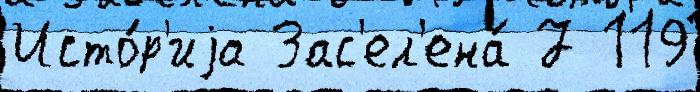
Исто́р'иjа Зас'ел'ена́ 7 119